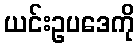
ယင်းဥပဒေကို